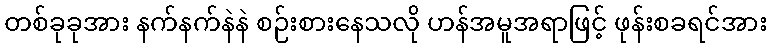
တစ်ခုခုအား နက်နက်နဲနဲ စဉ်းစားနေသလို ဟန်အမူအရာဖြင့် ဖုန်းစခရင်အား